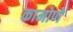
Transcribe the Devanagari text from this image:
कामोणे